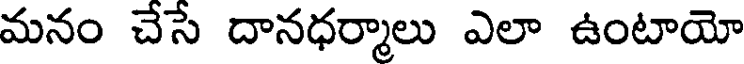
మనం చేసే దానధర్మాలు ఎలా ఉంటాయో